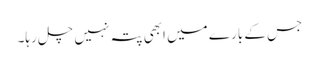
جس کے بارے میں ابھی پتہ نہیں چل رہا۔